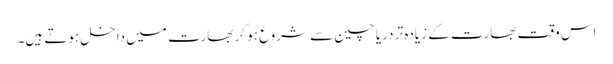
اس وقت بھارت کے زیادہ تر دریا چین سے شروع ہو کر بھارت میں داخل ہوتے ہیں۔